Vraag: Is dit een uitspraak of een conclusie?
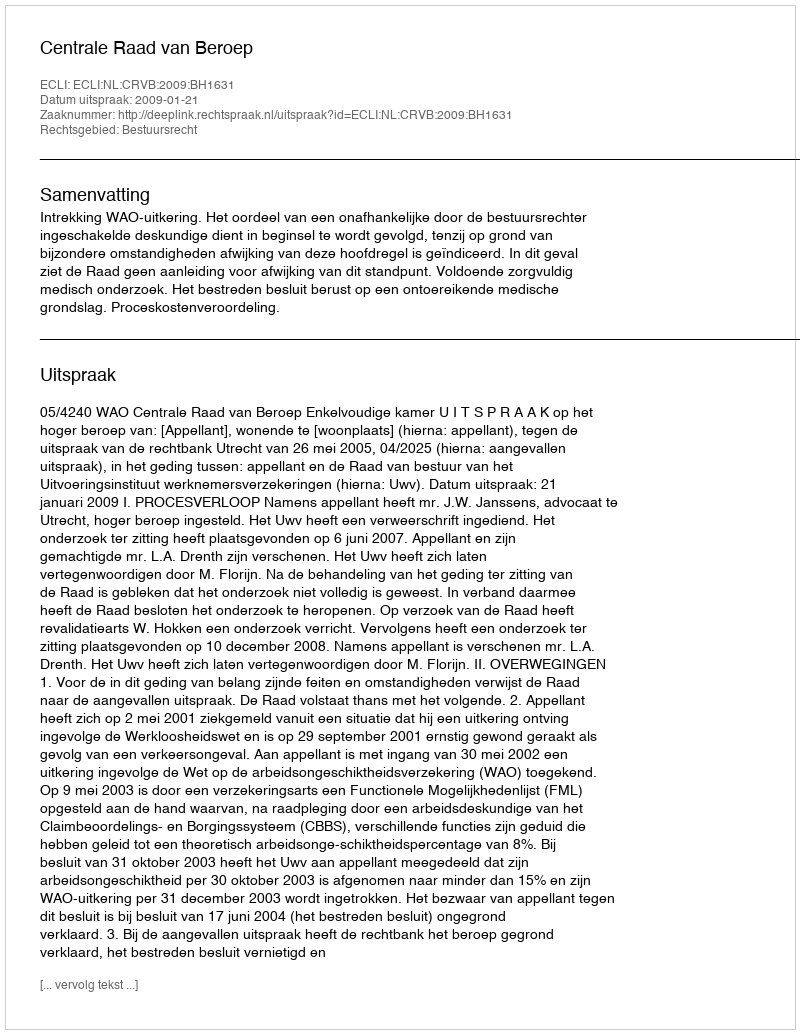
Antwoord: Uitspraak